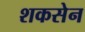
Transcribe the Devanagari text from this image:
शकसेन